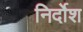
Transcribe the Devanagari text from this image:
निर्दोश